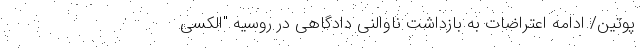
پوتین/ ادامه اعتراضات به بازداشت ناوالنی دادگاهی در روسیه "الکسی